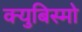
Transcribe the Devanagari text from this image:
क्युबिस्मो